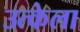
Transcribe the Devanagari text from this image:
उत्केला